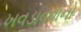
ખવડાવવાનો